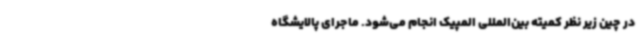
در چین زیر نظر کمیته بین‌المللی المپیک انجام می‌شود. ماجرای پالایشگاه